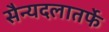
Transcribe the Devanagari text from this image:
सैन्यदलातर्फे